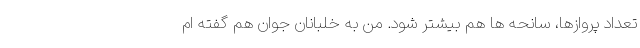
تعداد پروازها، سانحه ها هم بیشتر شود. من به خلبانان جوان هم گفته ام